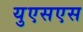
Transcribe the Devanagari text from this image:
युएसएस